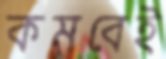
কমবেই